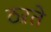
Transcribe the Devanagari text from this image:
ठऱते